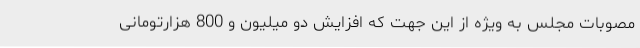
مصوبات مجلس به ویژه از این جهت که افزایش دو میلیون و 800 هزارتومانی